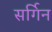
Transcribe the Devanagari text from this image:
सर्गिन